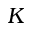
K